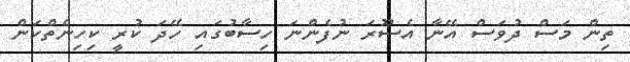
ތިން މަސް ދުވަސް އޭނާ އެސޫރަ ނުފެންނަ ހިސާބުގައި ހޭދަ ކުރީ ކިހިނެތްކަން